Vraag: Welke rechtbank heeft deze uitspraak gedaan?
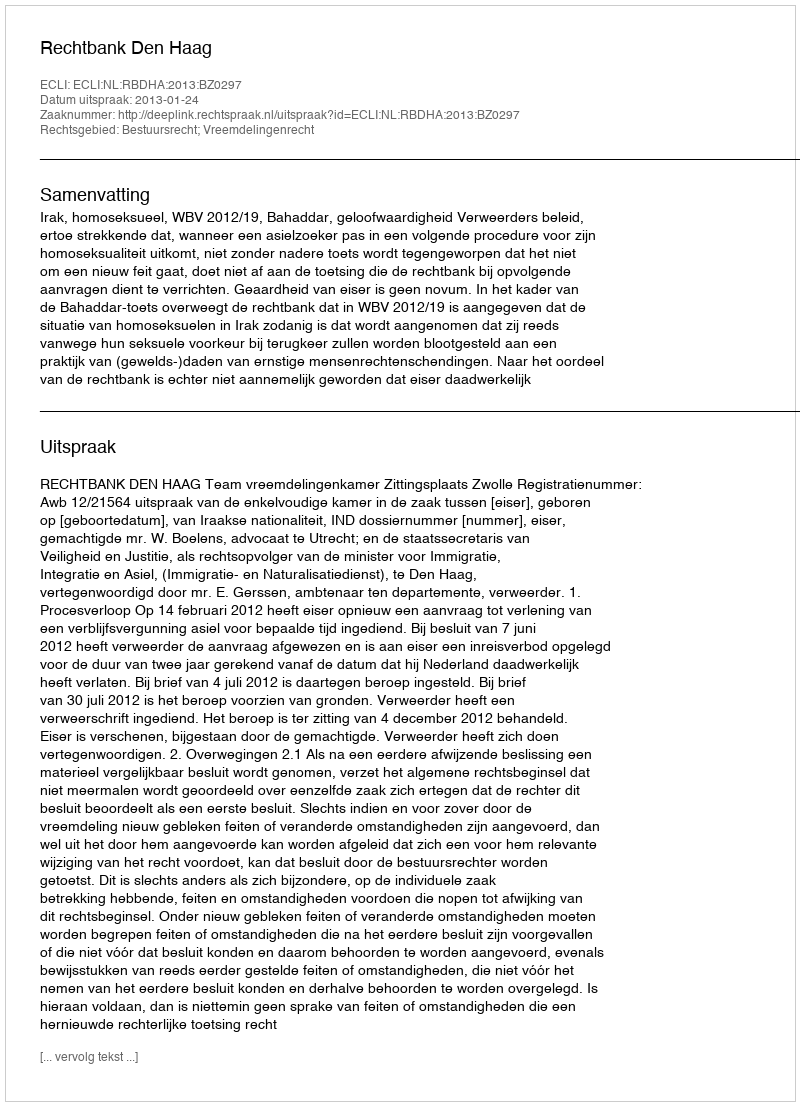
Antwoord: Rechtbank Den Haag